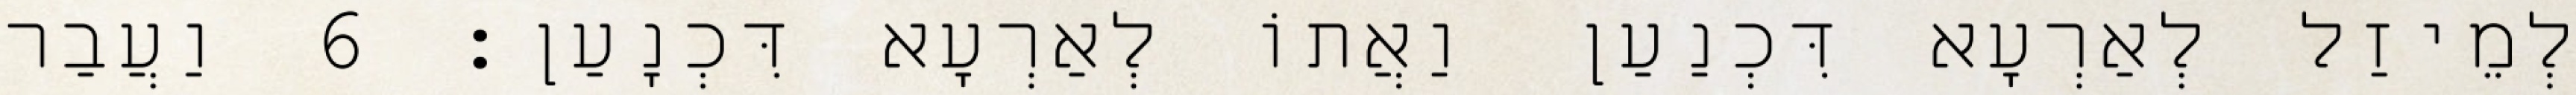
לְמֵיזַל לְאַרְעָא דִּכְנַעַן וַאֲתוֹ לְאַרְעָא דִּכְנָעַן׃ 6 וַעֲבַר